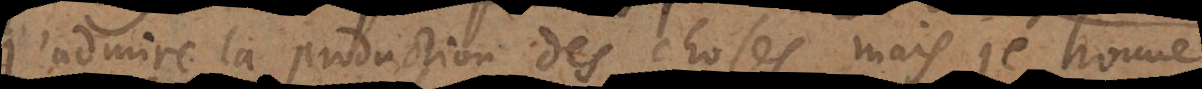
J’admire la production des choses, mais je trouve